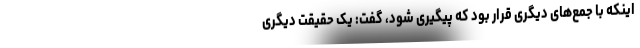
اینکه با جمع‌های دیگری قرار بود که پیگیری شود، گفت: یک حقیقت دیگری